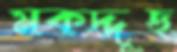
মকদ্দুছ